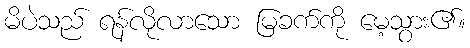
မိပဲသည် ရန်လိုလာသော မြခက်ကို မေ့သွား၏။